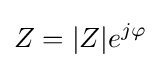
Z=|Z|e^{j\varphi }